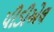
પીડીએલ